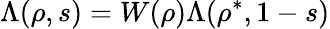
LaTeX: \Lambda(\rho,s)=W(\rho)\Lambda(\rho^{*},1-s)